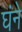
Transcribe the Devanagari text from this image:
घंने